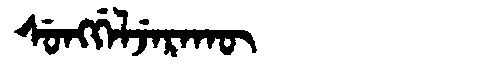
Manchu: ᠰᡠᠩᡤᡝᠯᠵᡝᡵᠠᡴᡡ
Romanization: SUNGGELJERAKŪ